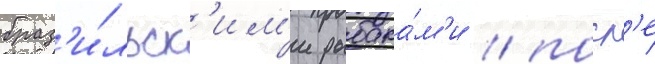
браз'и́льск'им'и рыбака́м'и / посл'е